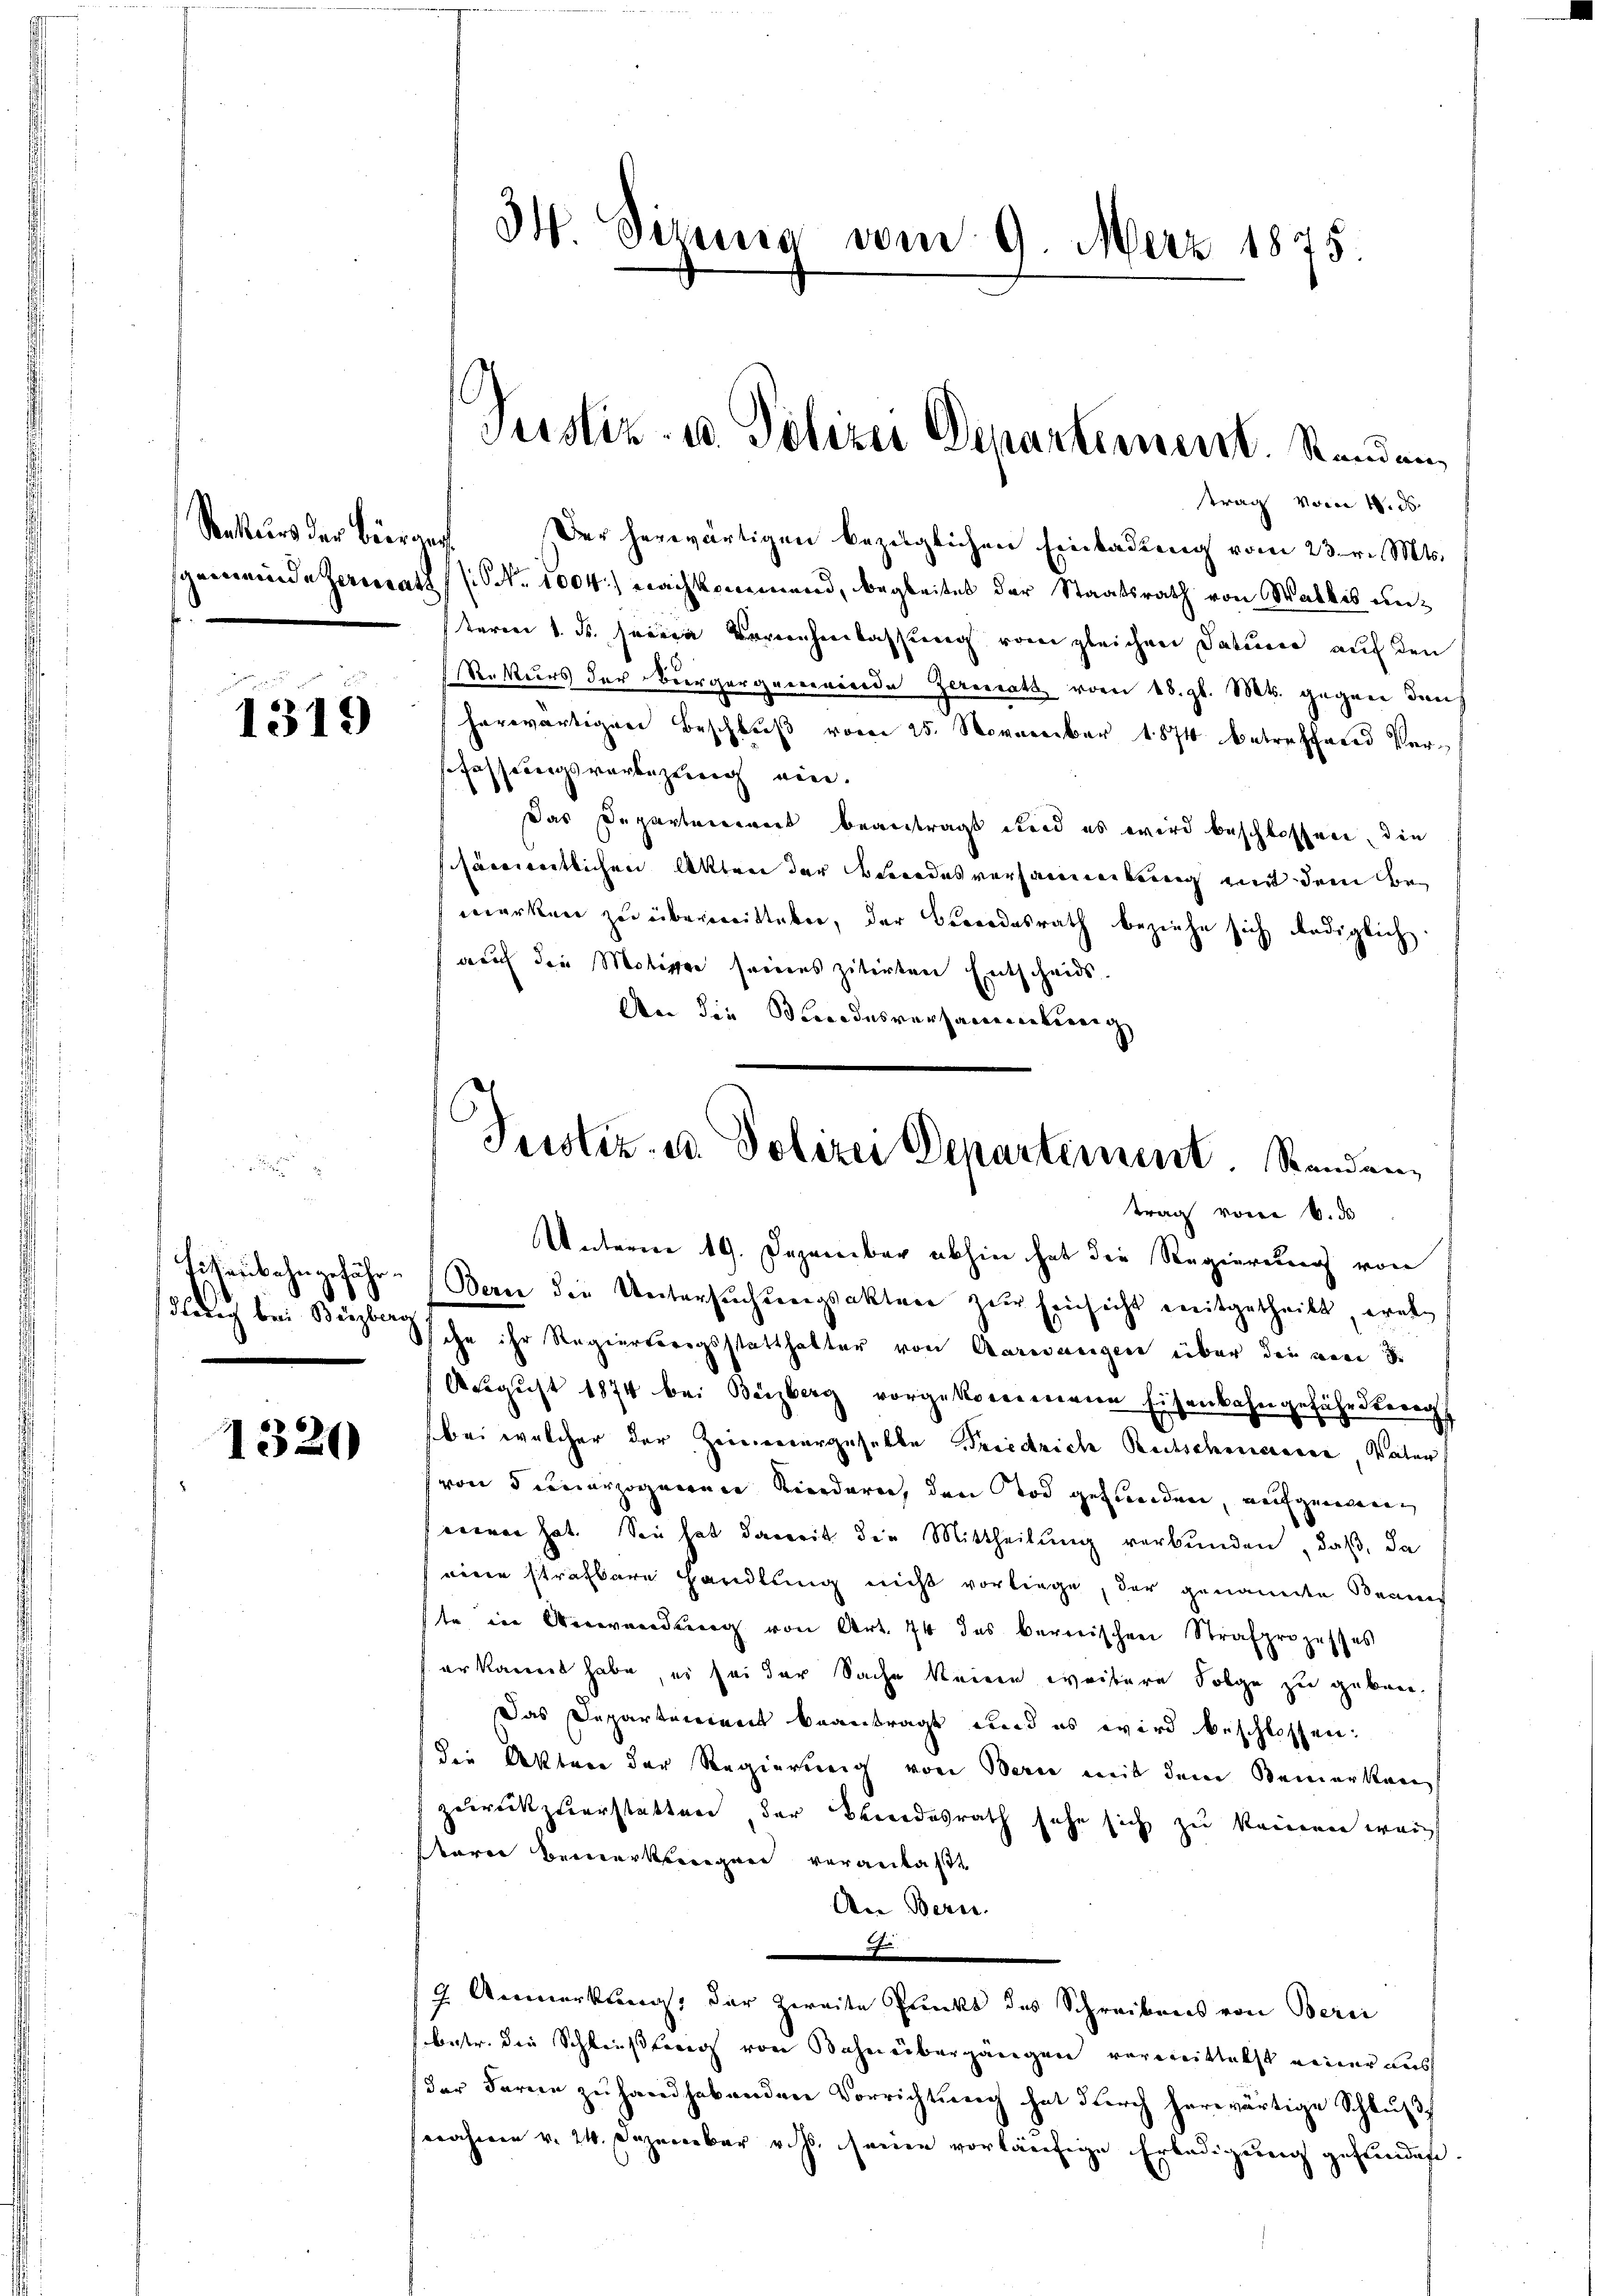
Rekurs der Bieran¬
.

1319

dledig bei Bergberg

1320

34. Sirung vom 9. März 1875.

trag vom 1. ds.
Der herwärtigen bezüglichen Einladung vom 23. v. Mts.
sgemeinde Zerrath No. 1004.) Nachkommend, begleitet der Staatsrath von Walkes unteren 1. ds. seine Vernehmlassung vom gleichen Sature auf den
Rekurs der Biergergemeinerede Zerenrats vom 18. gl. M. gegnen den
herwärtigen Beschluß vom 25. November 1874 betreffend Versfassungsverbezung ein.
Das Departeniret beantragt und es wird beschlossen, die
schämentlichen Akten der Bundesversammenkung mit dem Bemerken zu übermittelen, der Bewoodesrath beziehe sich lediglich.
auf die Motiven seines zitirten Entscheids.
An die Bindesversammlung

Justiz- u. Polizei Departement. Standen,

C
Justiz- u. Polizei Departement. Standen,
trag vom 6. ds
Unterm 19. Dezember abhin hat die Regierung von
Eisenbahngefähr. (Bern die Untersuchungsakten zur Einsicht mitgetheilt, wel¬

sche ihr Regierterigsstatthalter von Aarwangen über die von de
August 1874 bei Berzberg vorgekommene Eisenbahngeführsterg
bei welcher der Zeinenergeselle Briedrich Reitschmerer Vater
von denerzogenenen Kinderen, den Tod gefunden, wegendenen
cieren hat. Sie hat damit die Mittheilung verbunden , daß, da
winen strafbare Handlung nicht vorliege, der genannte Bennes
te in Verwandung von Art. 74 das barreischen Strafprozesses
er kannt habe, es sei der Sache keine weitere Folge zu gebrei¬
Das Departement beantragt und es wird beschlossen:
die Akten der Regierung von Bern mit dem Bemerkenn
zudrückzuerstatten der Bereidesrath sehe sich zu kamen wei
tare Bemerkungen verantast
Aen Berne
Ge
/9 Anmerkung, der zweite Punkt des Schreibens von Berei
betr. die Schließung von Bahnübergängen vermittelst einer aus
(der Ferne zu handhabenden Vorrichtung hat durch herwärtige Schlußf
nahmen v. 24. Dezember v. Js. seine vorläufige Erledigung gefundest.